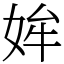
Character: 㛌